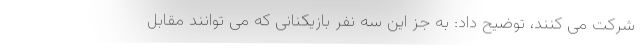
شرکت می کنند، توضیح داد: به جز این سه نفر بازیکنانی که می توانند مقابل